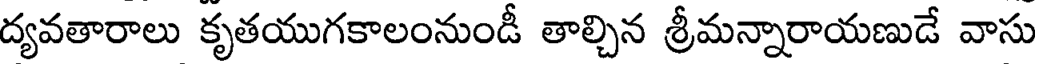
ద్యవతారాలు కృతయుగకాలంనుండీ తాల్చిన శ్రీమన్నారాయణుడే వాసు